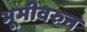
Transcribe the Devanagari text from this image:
भूमीवरुन